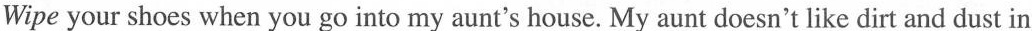
Wipe your shoes when you go into my aunt's house. My aunt doesn't like dirt and dust in